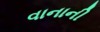
વાનાની